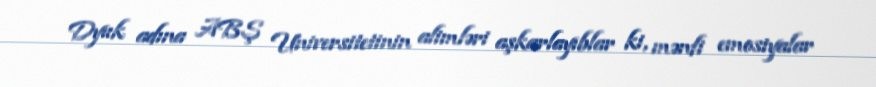
Dyuk adına ABŞ Universitetinin alimləri aşkarlayıblar ki, mənfi emosiyalar